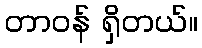
တာဝန် ရှိတယ်။